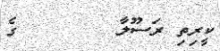
ކީރިތި ރަސޫލާ        ގެ